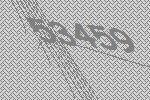
53459